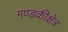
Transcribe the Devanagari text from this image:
गण्डकीक्षेत्र